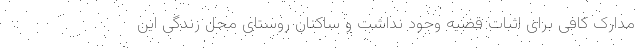
مدارک کافی برای اثبات قضیه وجود نداشت و ساکنان روستای محل زندگی این